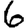
Digit: 6